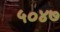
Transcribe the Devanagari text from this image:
५०४७